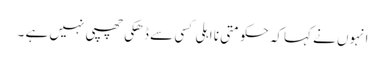
انہوں نے کہاکہ حکومتی نا اہلی کسی سے ڈھکی چھپی نہیں ہے ۔